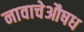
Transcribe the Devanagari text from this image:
नावाचेऔषध